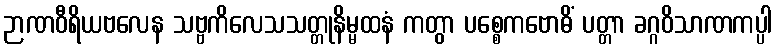
ဉာဏဝီရိယဗလေန သဗ္ဗကိလေသသတ္တုနိမ္မထနံ ကတွာ ပစ္စေကဗောဓိံ ပတ္တာ ခဂ္ဂဝိသာဏကပ္ပါ